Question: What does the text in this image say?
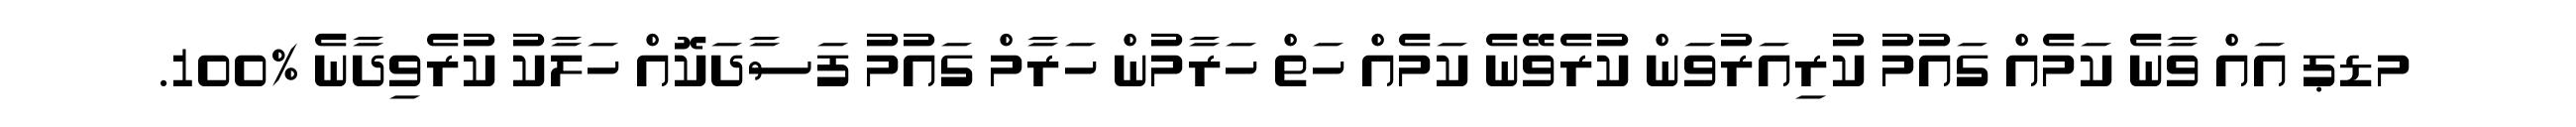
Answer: މޑޕ އައް ވާނެ ކަމެއް ގައުމު ކުރިއަރުވަން ކުރެވޭނެ ކަމެއް ހަތް ހަރާމުން ހަރާމް ގައުމު ފަސާދަކޮއް ހަލާކު ކުރެވިދާނެ %100.